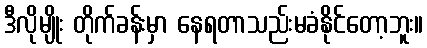
ဒီလိုမျိုး တိုက်ခန်းမှာ နေရတာသည်းမခံနိုင်တော့ဘူး။